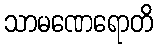
သာမဏေရောတိ